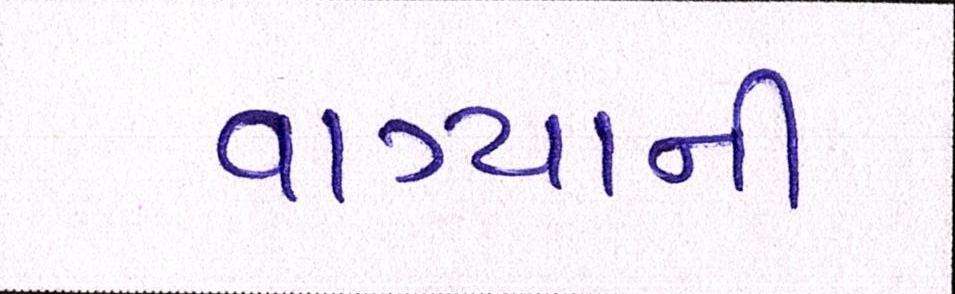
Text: વાગ્યાની